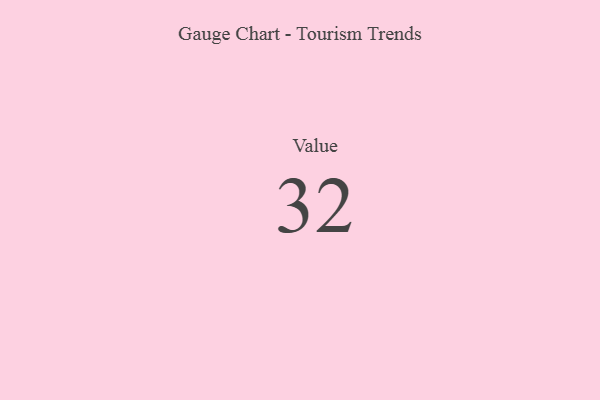
{"axis": {"x": "Metric", "y": "Value"}, "legend": [""], "data": [{"x": "Value", "y": 32, "type": ""}]}